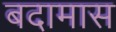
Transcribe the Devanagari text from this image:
बदामास